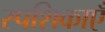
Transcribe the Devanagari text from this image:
स्पशिकाएँ